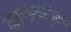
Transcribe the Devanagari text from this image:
नेल्लोरपर्यंतचा